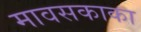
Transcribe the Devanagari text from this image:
मावसकाका